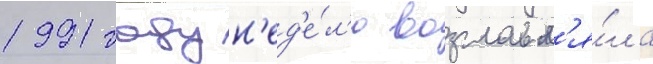
1991 году н'ед'е́л'ю возглавл'я́ла